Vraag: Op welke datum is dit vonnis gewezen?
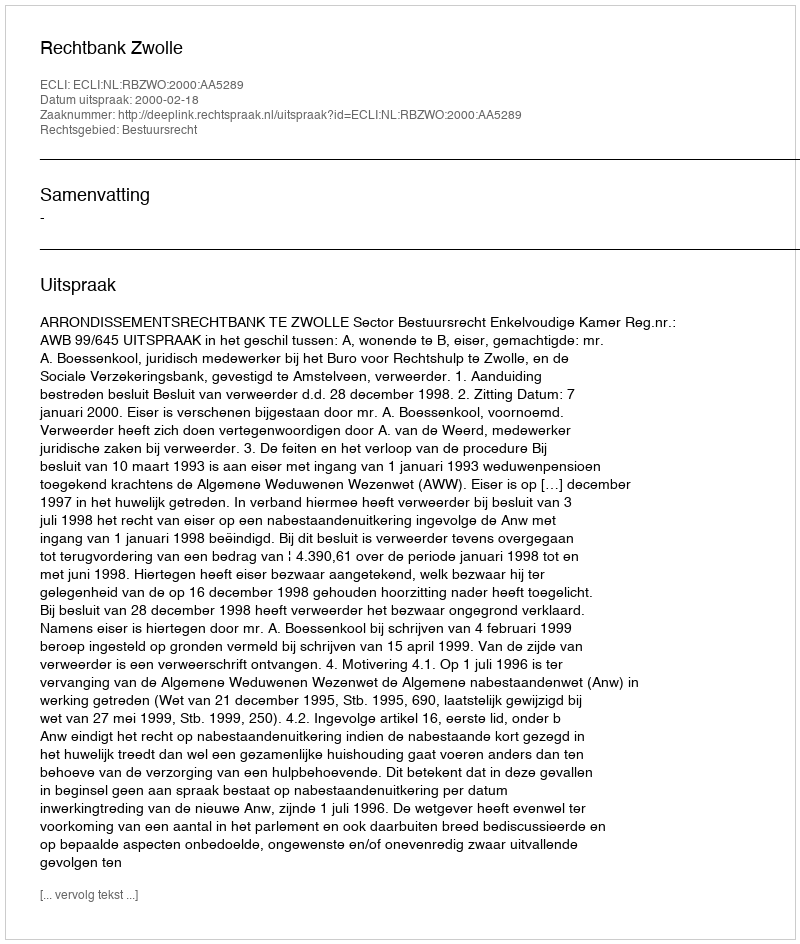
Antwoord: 2000-02-18